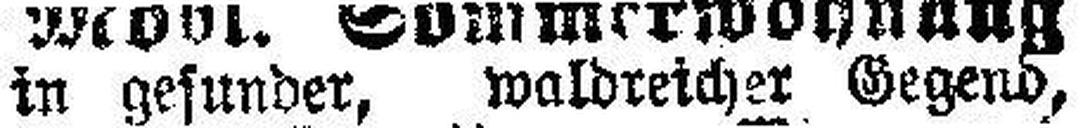
in gesunder. waldreicher Gegend.